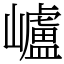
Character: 㠠